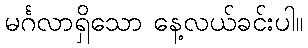
မင်္ဂလာရှိသော နေ့လယ်ခင်းပါ။